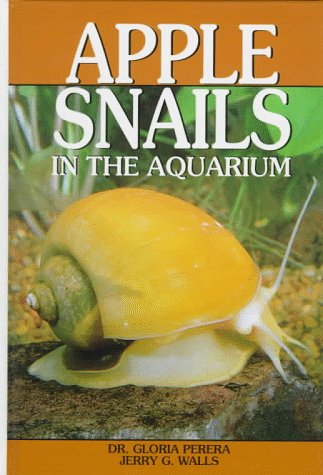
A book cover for Apple Snails in the Aquarium: Ampullariids : Their Identification, Care, and Breeding; Gloria Perrera; Science & Math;